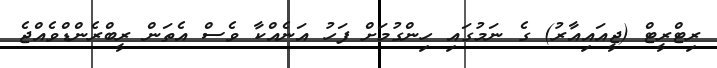
ރިޓްރީޓް (ޖީއައިއާރު) ގެ ނަމުގައި ހިންގުމަށް ފަހު އަނެއްކާ ވެސް އެތަން ރީބްރެންޑްވެއްޖެ